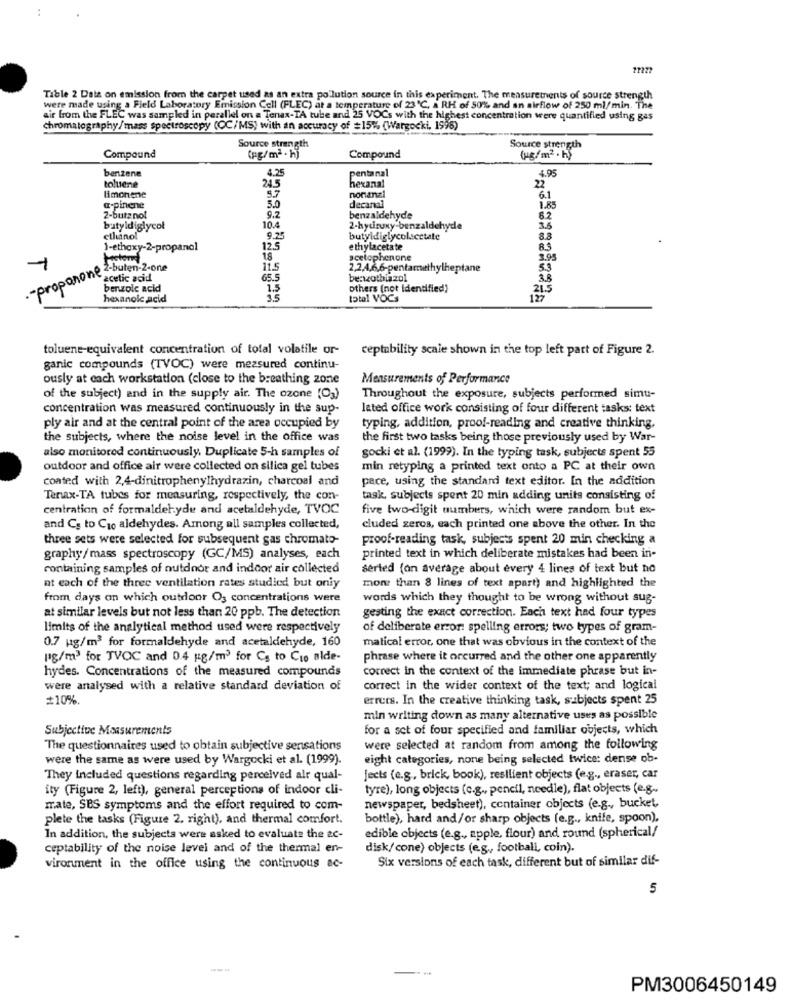
Tible 2 Data on emission from the carpet used as an extra po lution source in this experiment. The measurements of source strength
were made using a Field Laboratory Emission Cell (FLEC) at a temperature of 23℃, a RH of 50% and an airflow of 250 ml/min. The
air from the FLEC was sampled in parallel on a Tenax-TA tube and 25 VOCs with the highest concentration were quantified using gas
chromatography/mass spectroscopy (CC/MS) with an accuracy of #151% (Wargocki, 1998)
Source strength
Source strength
Compound
(pg/mª - h)
Compound
(g/m2 . Hy
benzene
4.25
pentanal
4.95
toluene
24.5
hexanal
22
limonene
5.0
5.7
nonanal
6.1
a-pinene
9.7
decanal
1.85
2-butanol
10.4
benzaldehyde
butyldiglycol
2-hydroxy-benzaldehyde
3.6
cilianol
9.2
butyldiglycolscctate
8.3
)-ethoxy-2-propanol
12.5
ethylacetate
8.3
18
scetophenone
3.93
"Proponone Z-buten-2-one
1
11.5
2,2,4,6,6-pentamethylheptane
5.3
acetic acid
65.5
benzothiazol
3.8
benzoic acid
1.5
others (not identified)
21.5
hexanole acid
total VOCs
toluene-equivalent concentration of total volatile or-
ceptability scale shown in the top left part of Figure 2.
ganic compounds (TVOC) were measured continu-
ously at each workstation (close to the breathing zone
Measurements of Performance
of the subject) and in the supply air. The ozone (O3)
Throughout the exposure, subjects performed simu-
concentration was measured continuously in the sup-
lated office work consisting of four different tasks: text
ply air and at the central point of the area occupied by
typing, addition, proof-reading and creative thinking.
the subjects, where the noise level in the office was
the first two tasks being those previously used by War-
also monitored continuously. Duplicate 5-h samples of
gocki et al. (1999). In the typing task, subjects spent 55
outdoor and office air were collected on silica gel tubes
min retyping a printed text onto a PC at their own
coated with 2,4-dinitrophenylhydrazin, charcoal and
pace, using the standard text editor. In the addition
Tenax-TA tubes for measuring, respectively, the con-
task, subjects spent 20 min adding units consisting of
centration of formaldehyde and acetaldehyde, TVOC
five two-digit numbers, which were random but ex-
and Co to Czo aldehydes. Among all samples collected,
cluded zeros, each printed one above the other. In the
three sets were selected for subsequent gas chromato-
proof-reading task, subjects spent 20 min checking a
graphy/mass spectroscopy (GC/MS) analyses, each
printed text in which deliberate mistakes had been in-
containing samples of outdoor and indoor air collected
seried (on average about every 4 lines of text but no
at each of the three ventilation rates studied but only
more than 8 lines of text apart) and highlighted the
from days on which outdoor O3 concentrations were
words which they thought to be wrong without sug-
at similar levels but not less than 20 ppb. The detection
gesting the exact correction. Each text had four types
limits of the analytical method used were respectively
of deliberate error: spelling errors; two types of gram-
0.7 kg/m3 for formaldehyde and acetaldehyde, 160
matical error, one that was obvious in the context of the
[g/m3 for TVOC and 0.4 kg/m3 for Cs to Cio alde-
phrase where it occurred and the other one apparently
hydes. Concentrations of the measured compounds
correct in the context of the immediate phrase but in-
were analysed with a relative standard deviation of
correct in the wider context of the text; and logical
#10%.
errets. In the creative thinking task, subjects spent 25
min writing down as many alternative uses as possible
Subjective Measurements
for a set of four specified and familiar objects, which
The questionnaires used to obtain subjective sensations
were selected at random from among the following
were the same as were used by Wargocki et al. (1999).
eight categories, none being selected twice: dense ob-
They included questions regarding perceived alr qual-
Jects (e.g, brick, book), resilient objects (e.g ., eraser, car
ity (Figure 2, left), general perceptions of indoor cli-
tyre), long objects (c.g ., pencil, needle), flat objects (e.g .,
mate, SBS symptoms and the effort required to com-
newspaper, bedsheet), container objects (e.g ., bucket,
plete the tasks (Figure 2. right), and thermal comfort.
bottle), hard and/or sharp objects (e.g ., knife, spoon),
In addition, the subjects were asked to evaluate the ac-
edible objects (e.g ., apple, flour) and round (spherical/
ceptability of the noise level and of the thermal en-
disk/cone) objects (e.g ., football, coin).
Six versions of each task, different but of similar dif-
vironment in the office using the continuous ac-
5
PM3006450149